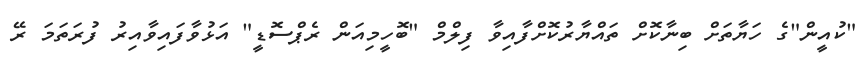
"ކުއީން"ގެ ހަޔާތަށް ބިނާކޮށް ތައްޔާރުކޮށްފާއިވާ ފިލްމް "ބޮހީމިއަން ރެޕްސޮޑީ" އަޅުވާފައިވާއިރު ފުރަތަމަ ރޭ